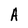
Character: A